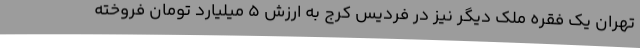
تهران یک فقره ملک دیگر نیز در فردیس کرج به ارزش 5 میلیارد تومان فروخته